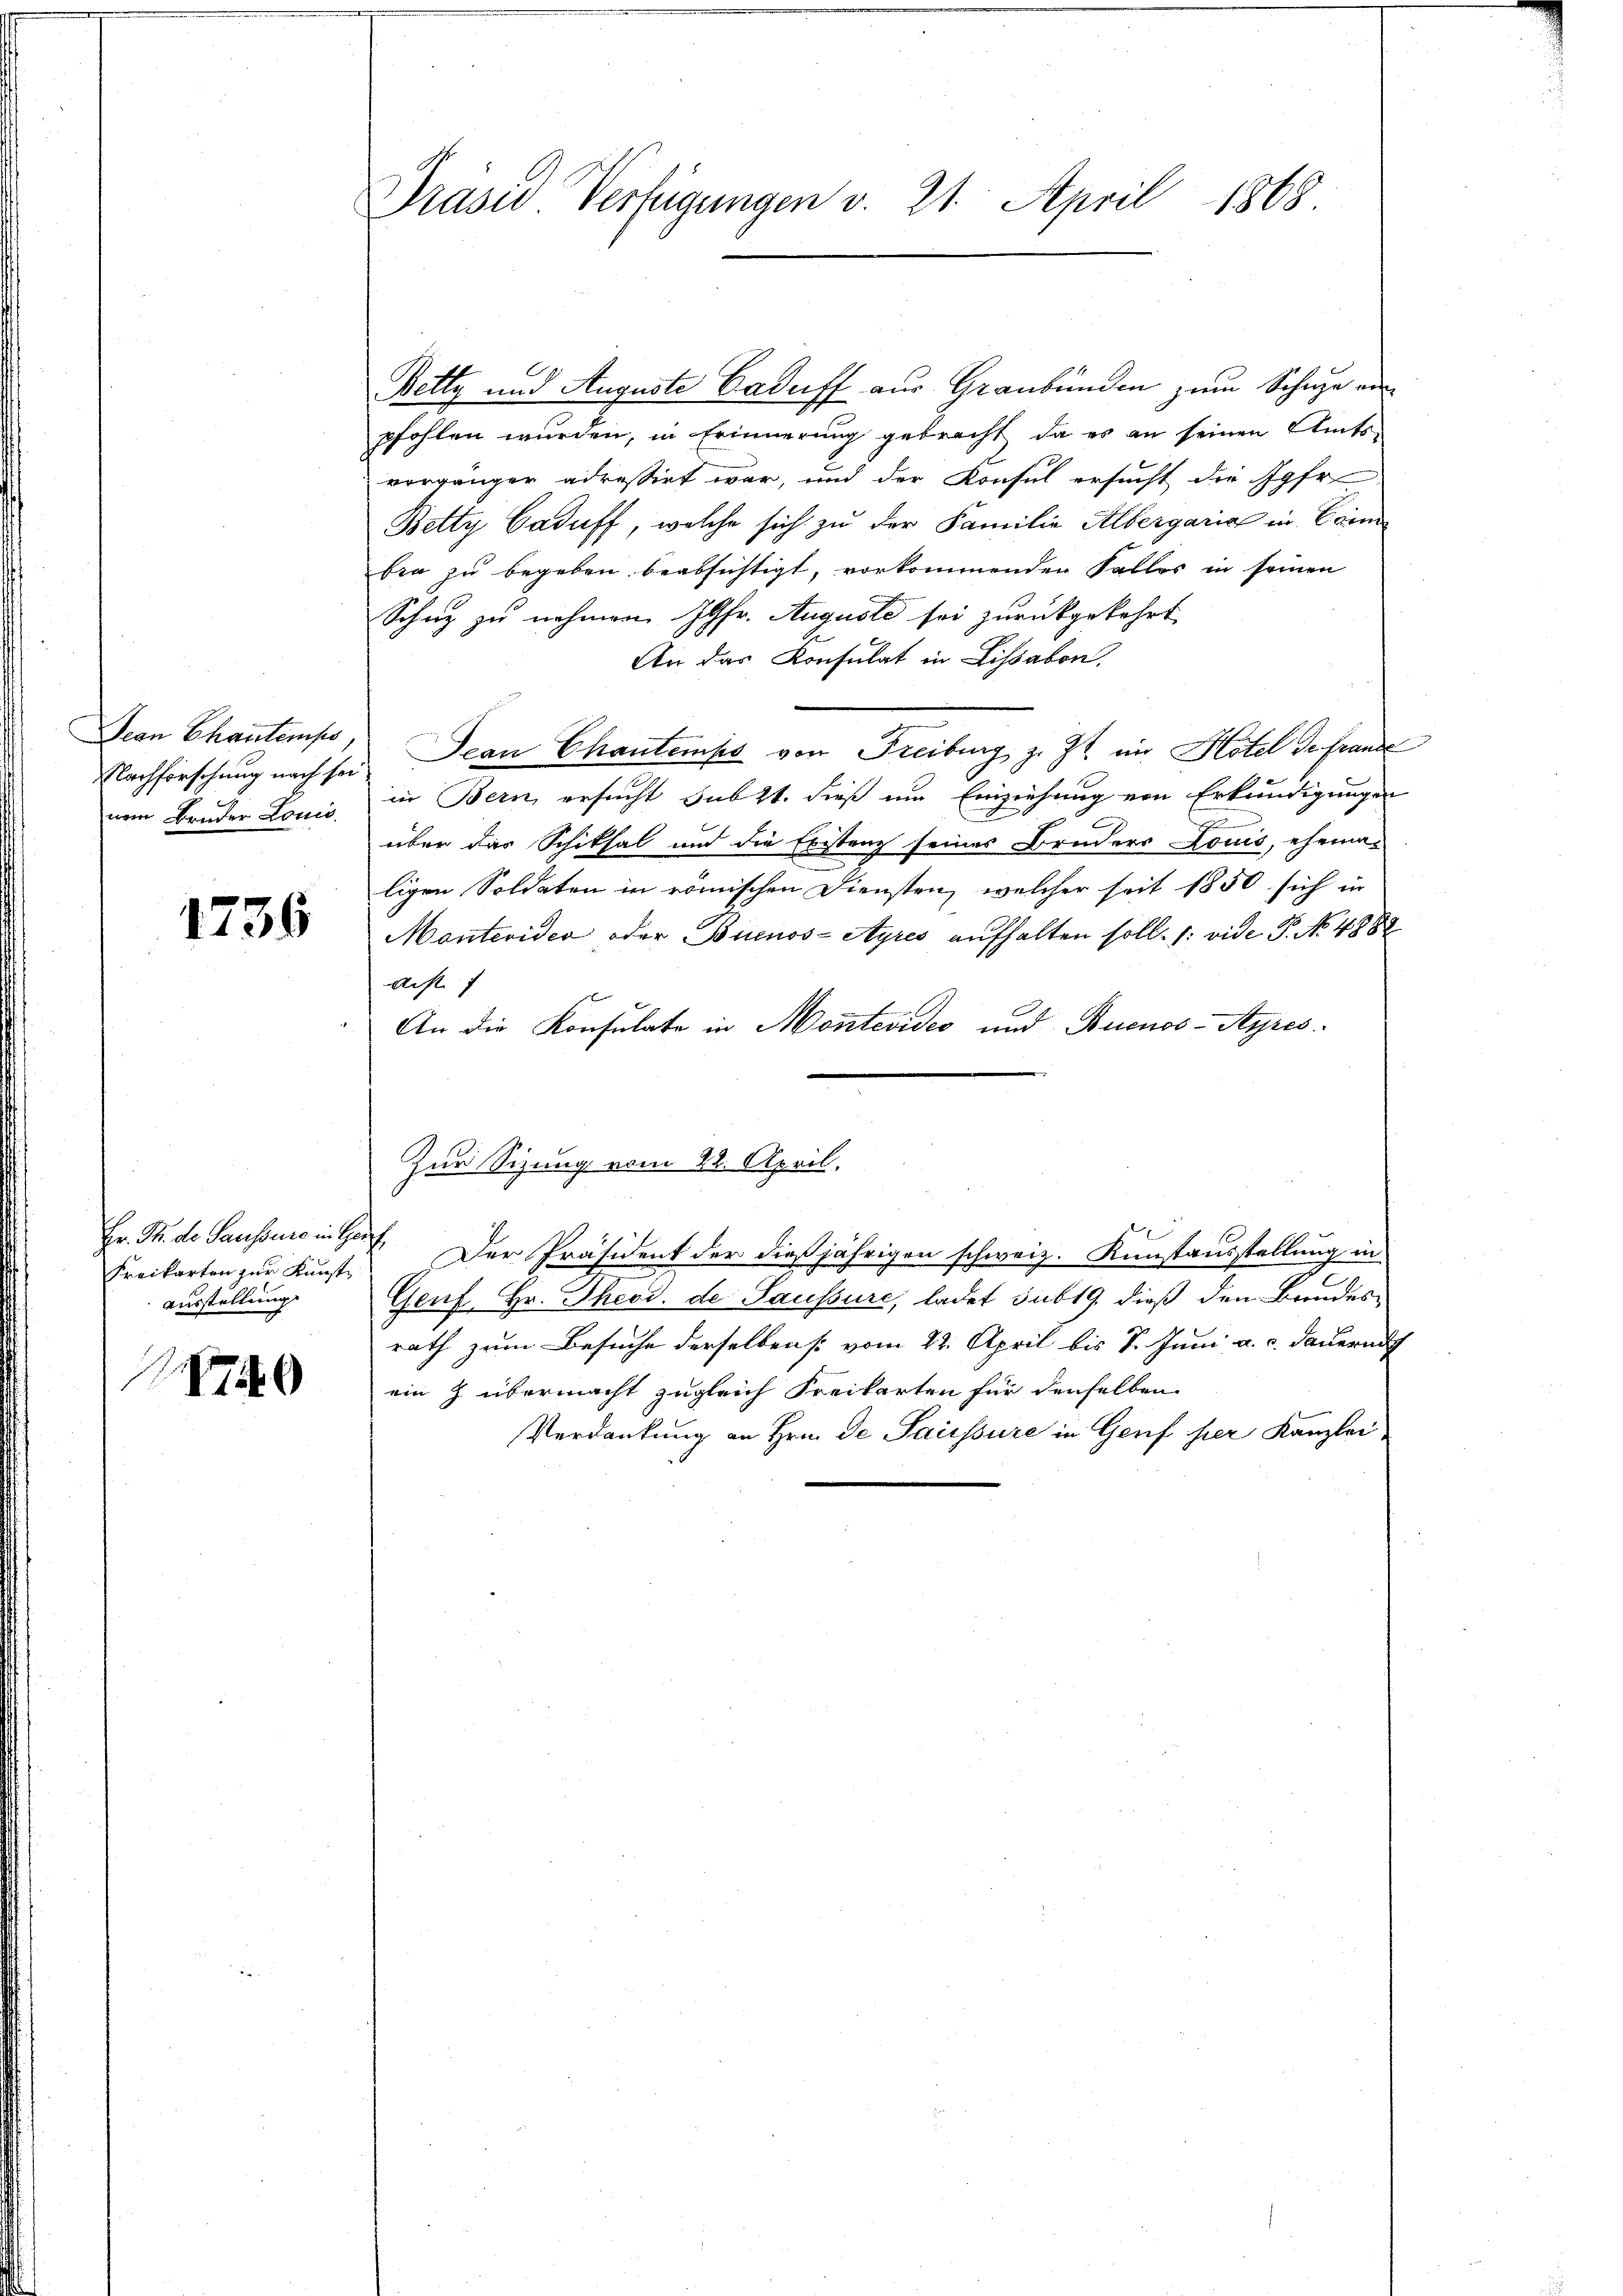
Jean Chanteniss
Nachforschung nach sei
nem Bruder Loni.

1736

Freikarten zur Kunste
Ausstellung
40

Präsid Verfügungen v. 21. April 1868

Betty und Auguste Caduff aus Graubünden zum Schule einpfohlen wurden, in Erinnerung gebracht, da es an seinen Amtsvorgänger adressirt war, und der Konsul ersucht die Jgfr
Betty Caduff, welche sich zu der Familie Albergaria in Commi
bra zu begeben beabsichtigt, vorkommenden Falles in seinen
Schutz zu nehmen Jgfr. Auguste sei zurückgekehrt
An das Konsulat in Lissabon,
Jean Chantemps von Freiburg z. Zt. im Hotel der frande
in Bern ersucht subst. dieß um Einziehung von Erkundigungen
über das Schiksal und die Existenz seines Bruders Louis, ehema-
ligen Soldaten in römischen Diensten, welcher seit 1850 sich in
Montevider oder Buenos-Ayres aufhalten soll. 1: vide P. No 4882
Acht f
An die Konsulate in Montevides und Buenos-Ayres
Zur Sizung vom 22. April.
Hr. R. de Saussee in Huf. Der Präsident der dießjährigen schweiz. Kunstausstellung in
Genf, Hr. Theod. de Saussure, ladet sub 19. dieß den Bandesrath zum Besuche derselben si vom 22. April bis 7. Juni a. c. dauer auch
ein z übermacht zugleich Freikarten für denselben
Verdankung an Hrn. De Saussure in Genf per Kanzlei